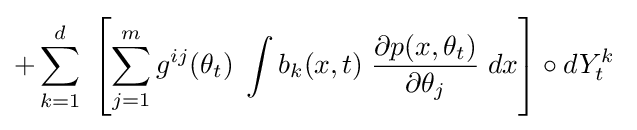
+\sum _{k=1}^{d}\;\left[\sum _{j=1}^{m}g^{ij}(\theta _{t})\;\int b_{k}(x,t)\;{\frac {\partial p(x,\theta _{t})}{\partial \theta _{j}}}\;dx\right]\circ dY_{t}^{k}\